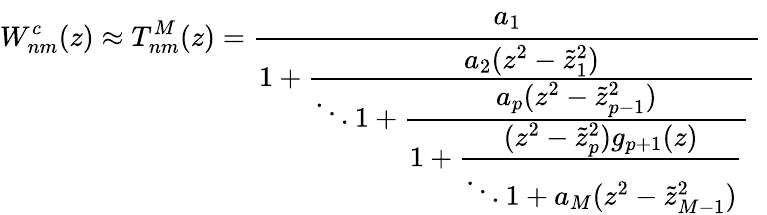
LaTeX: W_{nm}^{c}(z)\approx T_{nm}^{M}(z)=\cfrac{a_{1}}{1+\cfrac{a_{2}(z^{2}-\tilde{z}_{1}^{2})}{\ddots 1+\cfrac{a_{p}(z^{2}-\tilde{z}_{p-1}^{2})}{1+\cfrac{(z^{2}-\tilde{z}_{p}^{2})g_{p+1}(z)}{\ddots 1+a_{M}(z^{2}-\tilde{z}_{M-1}^{2})}}}}\,